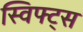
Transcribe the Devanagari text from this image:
स्विफ्ट्स